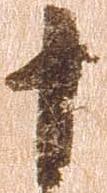
十